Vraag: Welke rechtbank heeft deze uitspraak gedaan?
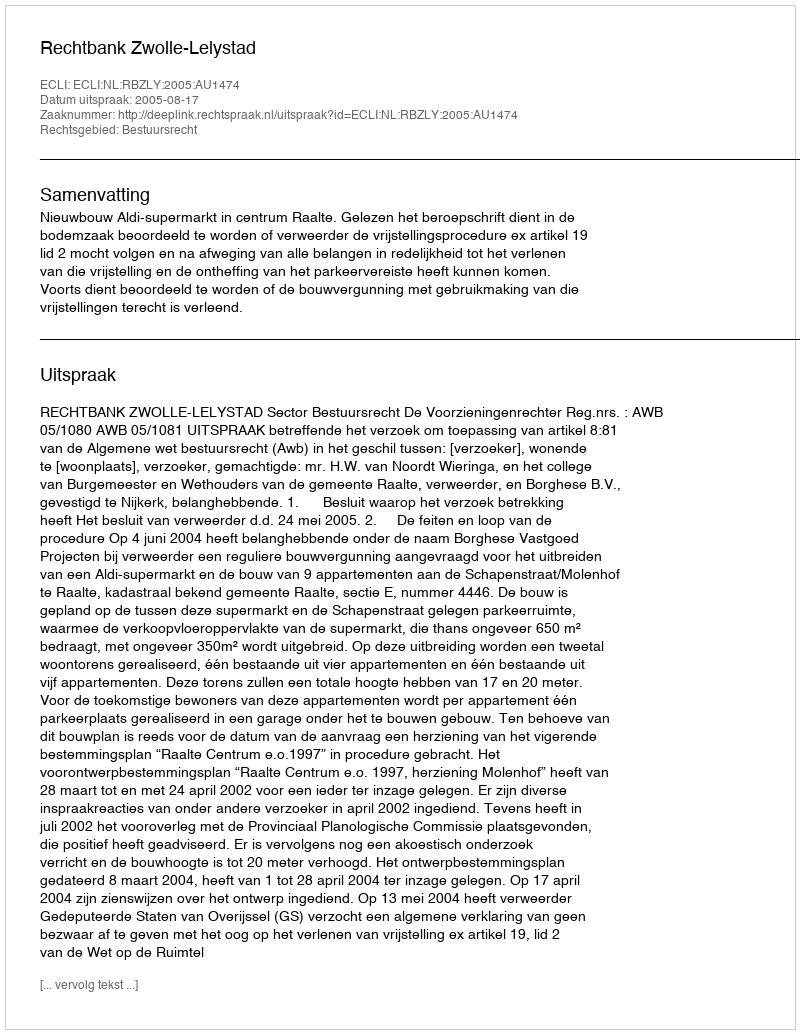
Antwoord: Rechtbank Zwolle-Lelystad